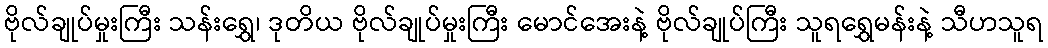
ဗိုလ်ချုပ်မှုးကြီး သန်းရွှေ၊ ဒုတိယ ဗိုလ်ချုပ်မှုးကြီး မောင်အေးနဲ့ ဗိုလ်ချုပ်ကြီး သူရရွှေမန်းနဲ့ သီဟသူရ